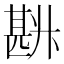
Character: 𰅽